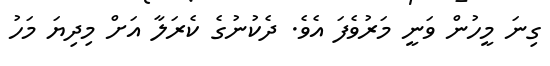
ގިނަ މީހުން ވަނީ މަރުވެފަ އެވެ. ދެކުނުގެ ކެރަލާ އަށް މިދިޔަ މަހު